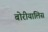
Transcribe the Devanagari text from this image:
बोरीयालिस